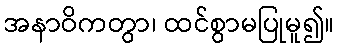
အနာဝိကတွာ၊ ထင်စွာမပြုမူ၍။